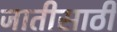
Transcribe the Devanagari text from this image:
जातीसाठी